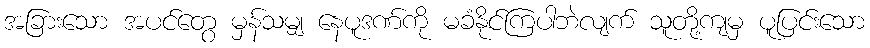
အခြားသော အပင်တွေ မှန်သမျှ နေပူဒဏ်ကို မခံနိုင်ကြပါဘဲလျက် သူတို့ကျမှ ပူပြင်းသော